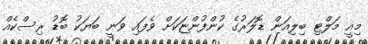
މިއީ މަލްޓި ބިލިއަން ޑޮލަރުުގެ ކުންފުންޏަކަށް ވެފައި ވަނީ ބަޔަކު ބޮޑު ރިސްކެއް